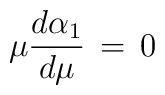
\mu {d \alpha_{1} \over d \mu} \,=\, 0